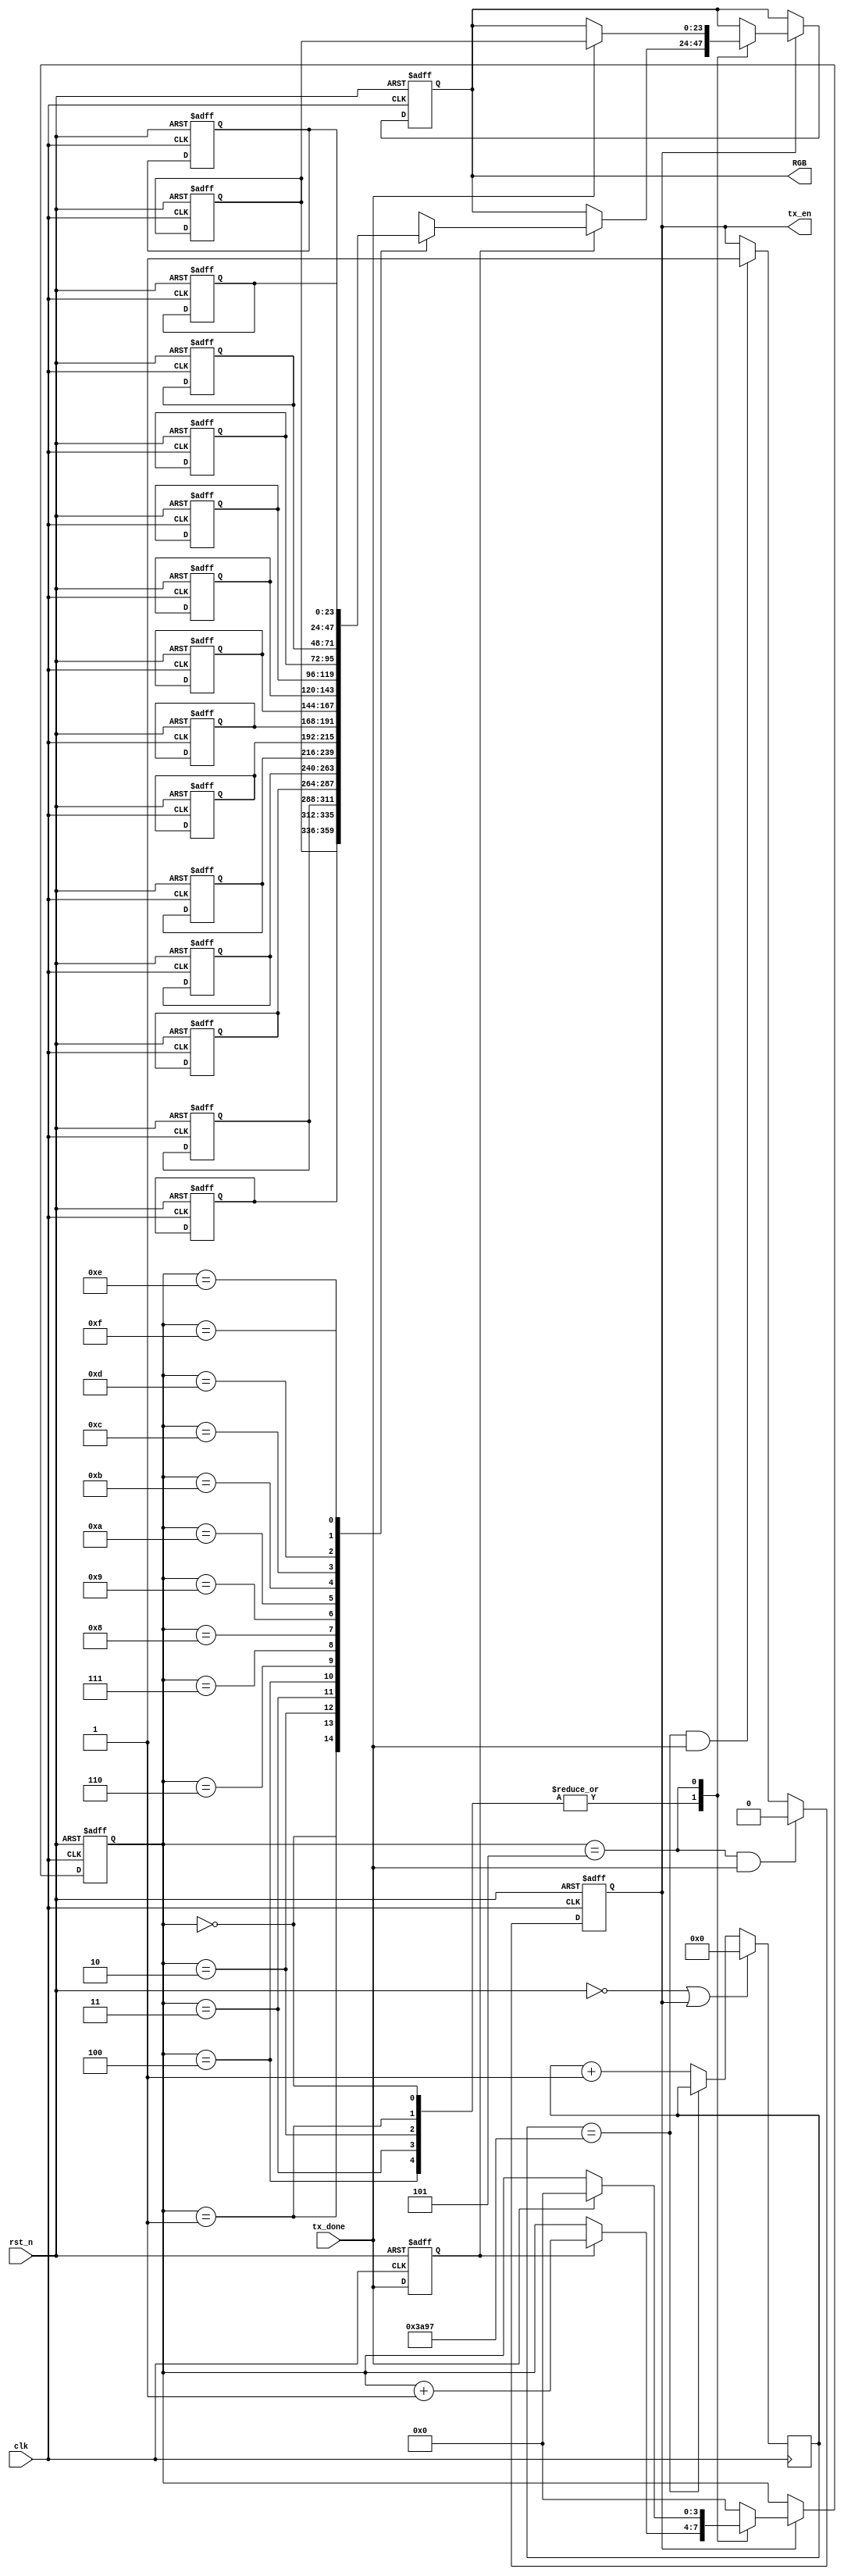
module RGB_Control(
	input	clk,
	input	rst_n,
	input	tx_done,		//24bit	
	output	tx_en,			//
	output	reg 	[23:0] RGB
);

//-------------------------//
reg    [31:0]	cnt;
reg 	[23:0]	RGB_reg	[15:0];	//RGB
reg 	[3:0]	k;				
reg 	tx_en_r;
//--------------------------------//
reg 	tx_done_r0;
always @(posedge clk or negedge rst_n) begin
	if(!rst_n)	begin
		tx_done_r0 <= 0;
	end
	else	begin
		tx_done_r0 <= tx_done;
	end
end
//--------------------------------//

always @(posedge clk or negedge rst_n) begin
	if(!rst_n)	begin
		k <= 0;
		RGB <= 0;
		RGB_reg	[0]	<= 24'b11111111_00000000_00000000;
		RGB_reg	[1]	<= 24'b00000000_11111111_00000000;
		RGB_reg	[2]	<= 24'b00000000_00000000_11111111;
		RGB_reg	[3]	<= 24'b11111111_00000000_11111111;
		RGB_reg	[4]	<= 24'b11111111_11111111_11111111;
		RGB_reg	[5]	<= 24'b11111111_00000000_00000000;
		RGB_reg	[6]	<= 24'b00000000_11111111_00000000;
		RGB_reg	[7]	<= 24'b00000000_00000000_11111111;
		RGB_reg	[8]	<= 24'b11111111_00000000_11111111;
		RGB_reg	[9]	<= 24'b11111111_11111111_11111111;
		RGB_reg	[10]<= 24'b00000000_00000000_11111111;
		RGB_reg	[11]<= 24'b00000000_11111111_00000000;
		RGB_reg	[12]<= 24'b00000000_00000000_11111111;
		RGB_reg	[13]<= 24'b11111111_00000000_11111111;
		RGB_reg	[14]<= 24'b11111111_11111111_11111111;
		RGB_reg	[15]<= 24'b11111111_00000000_00000000;
	end
	else if(tx_en_r)	begin   
		case (k)
			4'd0,4'd1,4'd2,4'd3,4'd4:
				if(tx_done_r0)	begin
					RGB <= RGB_reg[k];
					k <= k + 1;
				end
			4'd5:
				if(tx_done)	begin
					RGB <= RGB_reg[0];
					k <= 0;
				end
		  	default: k <= 0;
		endcase
	end
	else ;
end
//--------------------------------//

//-------------?------------//
always @(posedge clk) begin
	if((!rst_n) || (tx_en_r))	begin
		cnt <= 0;
	end
	else if(cnt == 32'd14999)	begin	//RESET(300us*50M=15000)
		cnt <= cnt;
	end
	else	begin
		cnt <= cnt + 1;
	end
end
//--------------------------------//

//--------------------------------//
always @(posedge clk or negedge rst_n) begin
	if(!rst_n)	begin
		tx_en_r <= 0;
	end
	else if((k == 4'd5) && (tx_done))	begin
		tx_en_r <= 0;			//RESTE
	end
	else if((cnt == 32'd14999) && tx_done)	begin
		tx_en_r <= 1;			//
		end
	else	begin
		tx_en_r <= tx_en_r;
	
    end
end


assign	tx_en = tx_en_r;
//--------------------------------//

endmodule